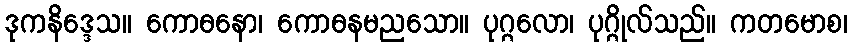
ဒုကနိဒ္ဒေသ။ ကောဓနော၊ ကောဓနမညသော။ ပုဂ္ဂလော၊ ပုဂ္ဂိုလ်သည်။ ကတမောစ၊